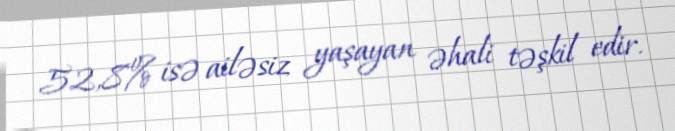
52,8% isə ailəsiz yaşayan əhali təşkil edir.